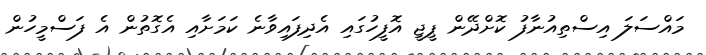
މައްސަލަ އިސްތިއުނާފު ކޮށްދޭން ޕީޖީ އޮފީހުގައި އެދިފައިވާނެ ކަމަށާއި އެގޮތުން އެ ފަސްމީހުން